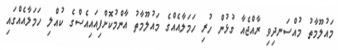
މައުލޫމާތު މުއްސަނދިވި ރާއްޖެއާ ގުޅުން ހުރި ހަމަލާއެއްގެ މައުލޫމާތު އާންމުކޮށްފިއައިއެސްގެ ކުއްލި ހަމަލާއެއްގައި